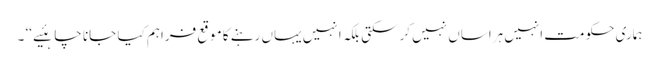
ہماری حکومت انہیں ہراساں نہیں کرسکتی بلکہ انہیں یہاں رہنے کا موقع فراہم کیا جانا چاہئیے ‘‘ ۔